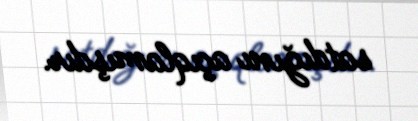
satdığını açıqlamışdır.